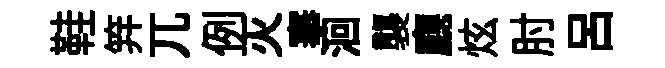
鞋笄兀例灭搴洄襲廳炫肘呂